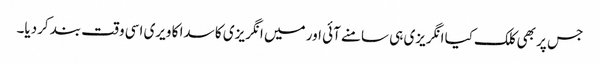
جس پر بھی کلک کیا انگریزی ہی سامنے آئی اور میں انگریزی کا سدا کا ویری اسی وقت بند کردیا۔